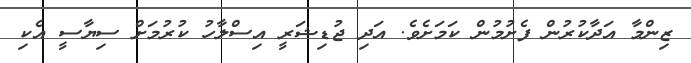
ޒިންމާ އަދާކުރުން ފެށުމުން ކަމަށެވެ. އަދި ޖުޑިޝަރީ އިސްލާހު ކުރުމަށް ސިޔާސީ އެކި